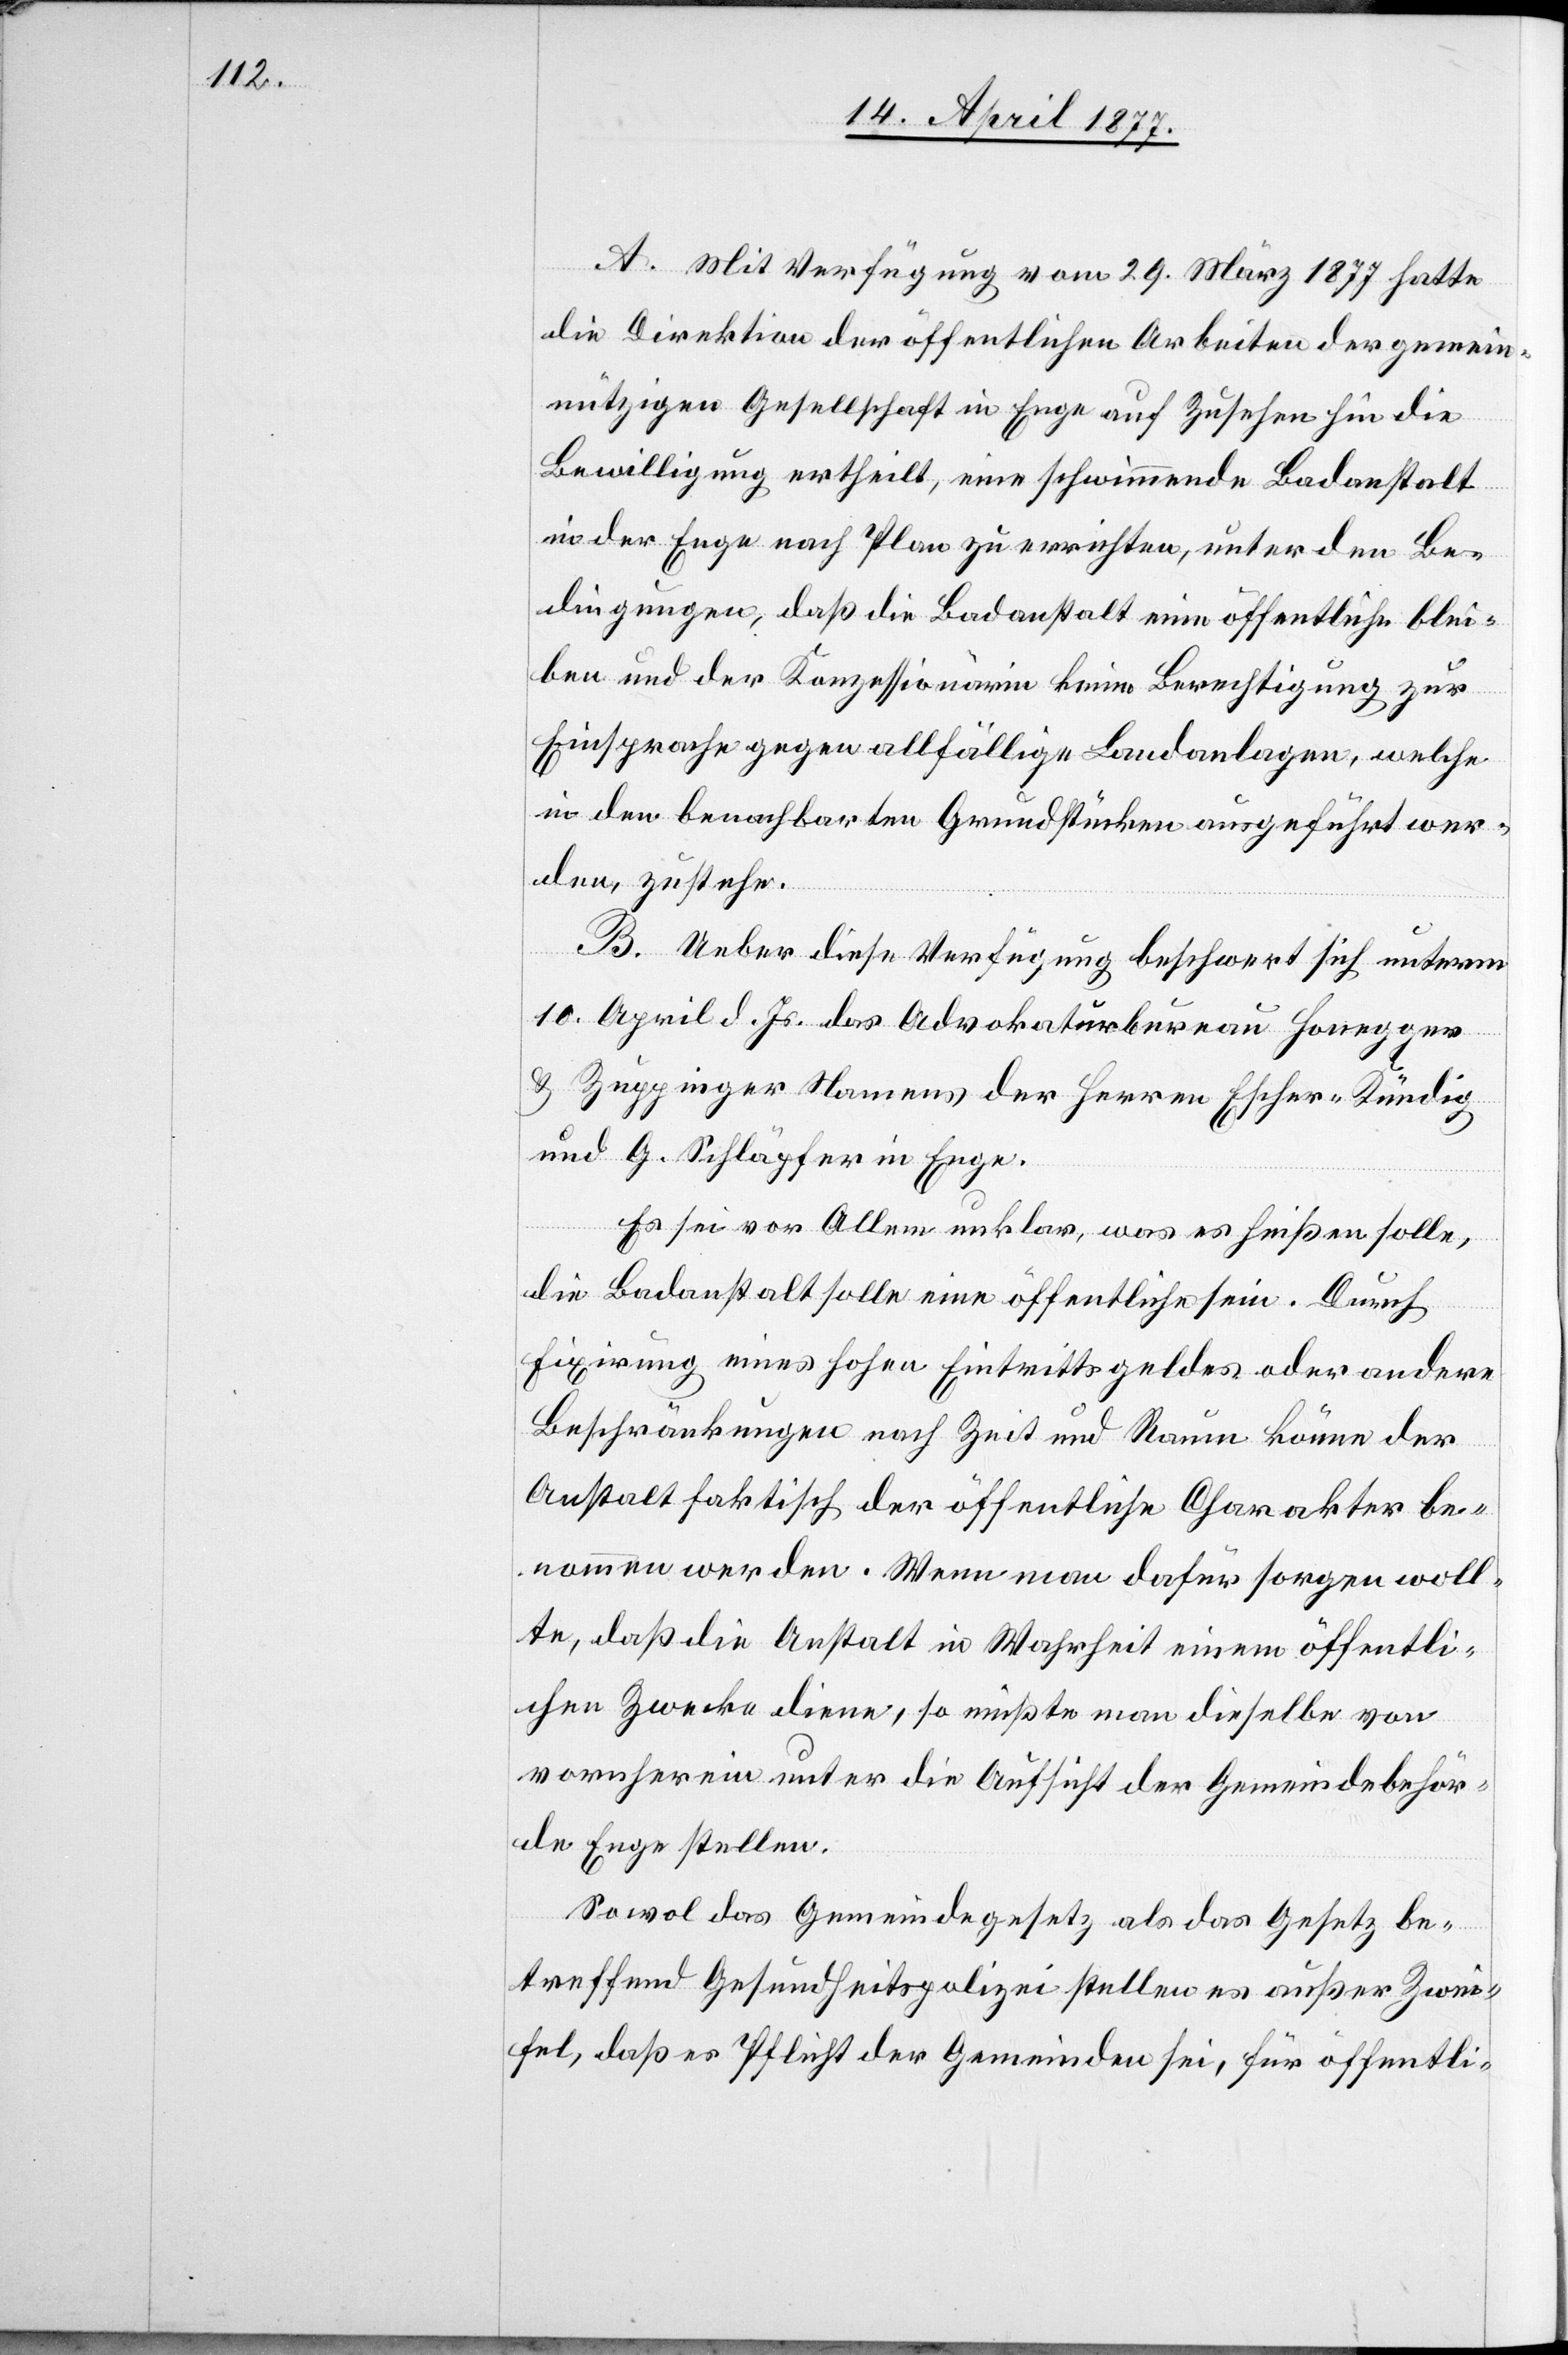
A. Mit Verfügung vom 29. März 1877 hatte
die Direktion der öffentlichen Arbeiten der gemein¬
nützigen Gesellschaft in Enge auf Zusehen hin die
Bewilligung ertheilt, eine schwimmende Badanstalt
in der Enge nach Plan zu errichten, unter den Be¬
dingungen, daß die Badanstalt eine öffentliche blei¬
ben und der Konzessionärin keine Berechtigung zur
Einsprache gegen allfällige Landanlagen, welche
in den benachbarten Grundstücken ausgeführt wer¬
den, zustehe.
B. Ueber diese Verfügung beschwert sich unterm
10. April d. Js. das Advokaturbureau Honegger
& Zuppinger Namens der Herren Escher-Kündig
und G. Schläpfer in Enge.
Es sei vor Allem unklar, was es heißen solle,
die Badanstalt solle eine öffentliche sein. Durch
Fixirung eines hohen Eintrittsgeldes oder andere
Beschränkungen nach Zeit und Raum könne der
Anstalt faktisch der öffentliche Charakter be¬
nommen werden. Wenn man dafür sorgen woll¬
te, daß die Anstalt in Wahrheit einem öffentli¬
chen Zwecke diene, so müßte man dieselbe von
vornherein unter die Aufsicht der Gemeindebehör¬
de Enge stellen.
Sowol das Gemeindegesetz als das Gesetz be¬
treffend Gesundheitspolizei stellen es außer Zwei¬
fel, daß es Pflicht der Gemeinden sei, für öffentli-